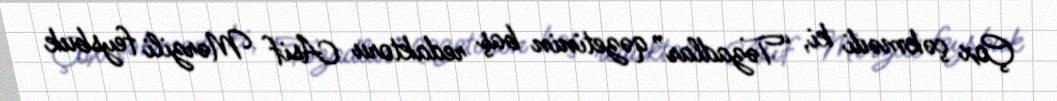
Çox çəkmədi ki, “Təzadlar” qəzetinin baş redaktoru Asif Mərzili feysbuk